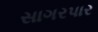
સાગરપાર